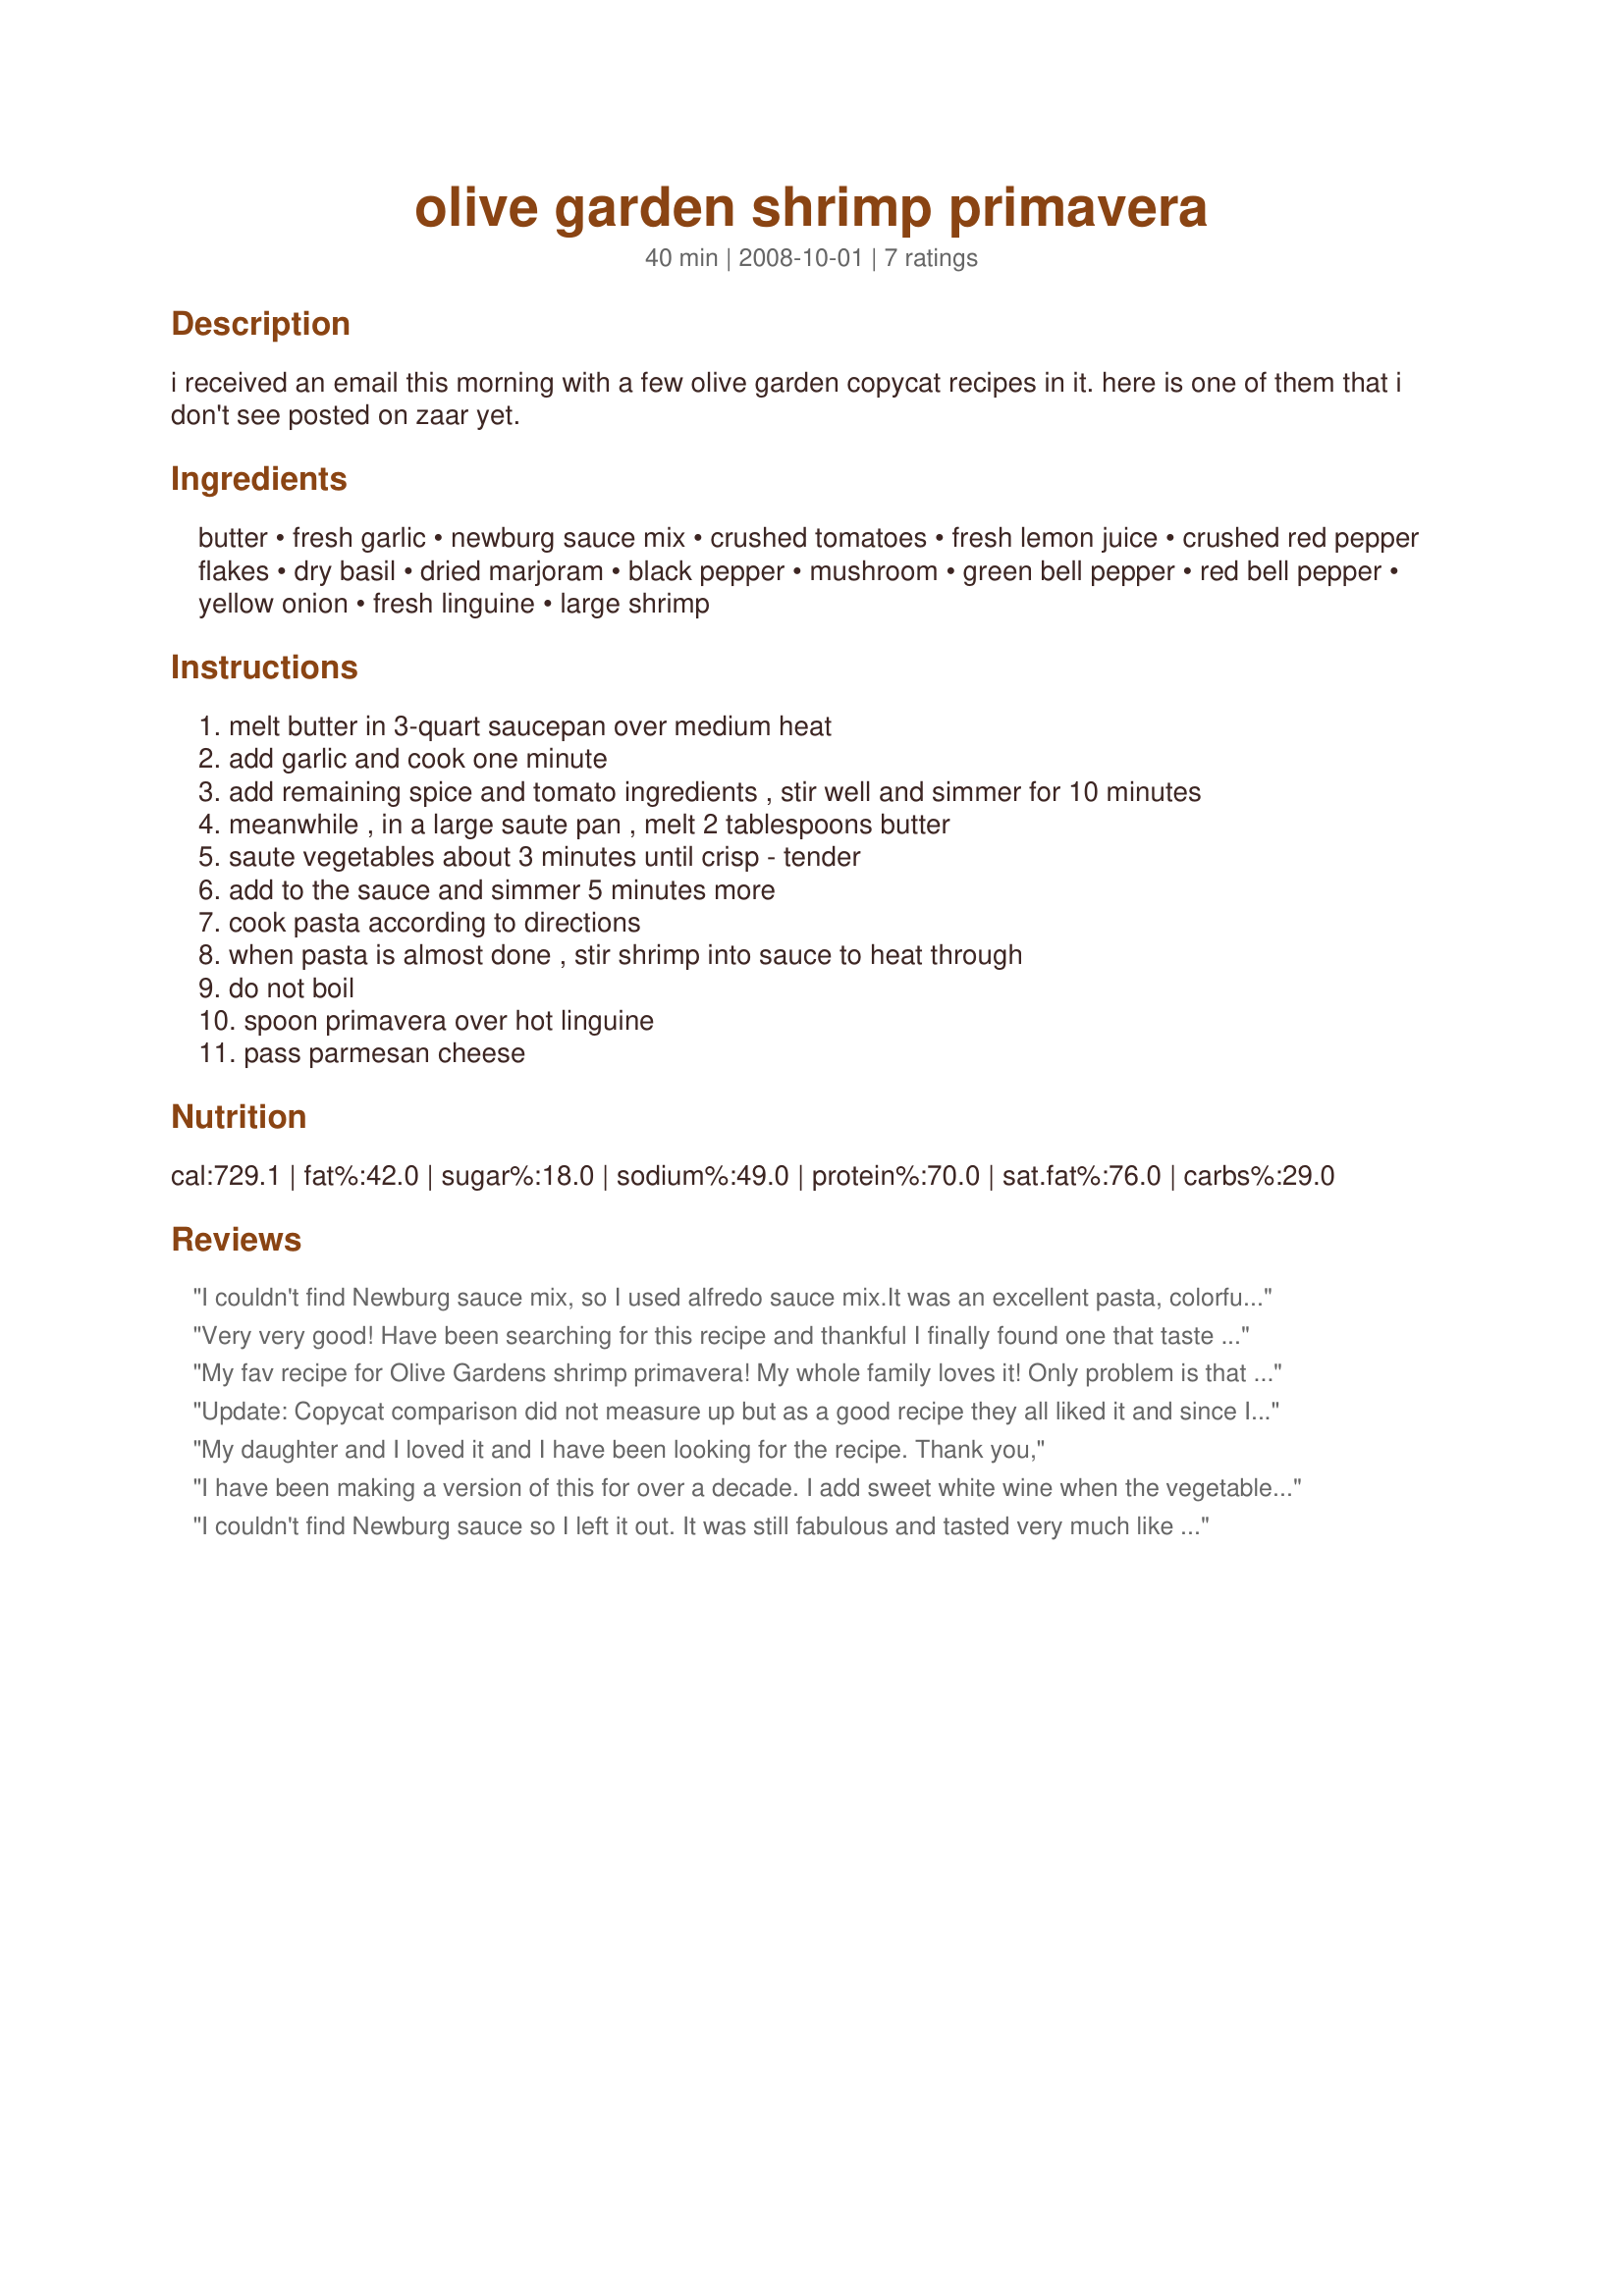
olive garden shrimp primavera
Preparation time: 40 minutes

i received an email this morning with a few olive garden copycat recipes in it. here is one of them that i don't see posted on zaar yet.

Ingredients:
butter, fresh garlic, newburg sauce mix, crushed tomatoes, fresh lemon juice, crushed red pepper flakes, dry basil, dried marjoram, black pepper, mushroom, green bell pepper, red bell pepper, yellow onion, fresh linguine, large shrimp

Steps:
melt butter in 3-quart saucepan over medium heat, add garlic and cook one minute, add remaining spice and tomato ingredients , stir well and simmer for 10 minutes, meanwhile , in a large saute pan , melt 2 tablespoons butter, saute vegetables about 3 minutes until crisp - tender, add to the sauce and simmer 5 minutes more, cook pasta according to directions, when pasta is almost done , stir shrimp into sauce to heat through, do not boil, spoon primavera over hot linguine, pass parmesan cheese

Reviews:
I couldn't find Newburg sauce mix, so I used alfredo sauce mix.<br/><br/>It was an excellent pasta, colorful and satisfying. I'm not familiar with the Olive Garden version, so I can't say how close it is to theirs. But on its own, this is a really nice one-dish dinner that I will definitely make again.
Very very good! Have been searching for this recipe and thankful I finally found one that taste this good. I did leave out the Newburg Sauce Mix and it was still very good. I was told that Knorr no longer make it.
My fav recipe for Olive Gardens shrimp primavera! My whole family loves it! Only problem is that I can't find the Newburg sauce mix anywhere! So wish I knew if a replacement!
Update: Copycat comparison did not measure up but as a good recipe they all liked it and since I made a double recipe with 3 pounds of shrimp there was plenty for the second night.
My daughter and I loved it and I have been looking for the recipe. Thank you,
I have been making a version of this for over a decade. I add sweet white wine when the vegetables are almost done and simmer it, &quot;light boil&quot; until it has reduced at least half of the wine. I also use fresh basil and San Marsano canned tomatoes whenever possible, they are grown by the ocean in Italy in a volcanic ash soil. They get a salty flavor from the sea breeze and the soil adds to the flavor. Awesome sauce!!!! Pun intended.
I couldn't find Newburg sauce so I left it out. It was still fabulous and tasted very much like the Olive Garden version! My son (who tends to be a bit of a picky eater) even loved it. Thanks for the recipe!
